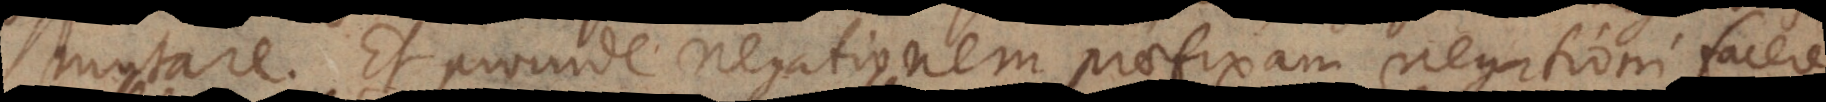
mutare. Et proinde negationem praefixam negationi facere